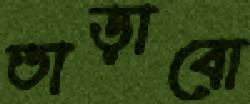
তাড়াবো